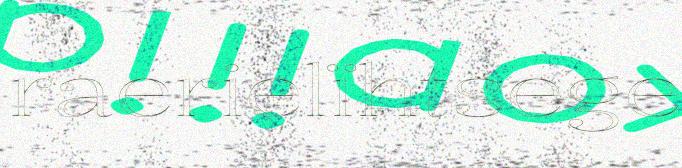
raerielïhtsege